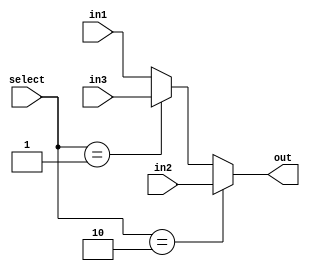
module mux_forwarding (out, in1, in2, in3, select);

output reg [31:0] out;
input [31:0] in1, in2, in3;
input [1:0] select;

always @ (in1 or in2 or in3 or select) //ID_EX, EX_MEM, MEM_WB, or SELECT
begin
// one ahead case
if (select == 2'b10)
    out = in2;
// two ahead case
else if (select == 2'b01)
    out = in3;
else if (select == 2'b00)
    out = in1;
else 
    out = in1;
end

endmodule